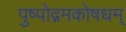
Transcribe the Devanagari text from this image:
पुष्पोद्गमकोषधम्